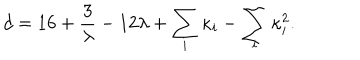
d = 1 6 + { \frac { 3 } { \lambda } } - 1 2 \lambda + \sum _ { i } \kappa _ { i } - \sum _ { i } \kappa _ { i } ^ { 2 } .